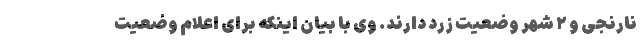
نارنجی و ۲ شهر وضعیت زرد دارند. وی با بیان اینکه برای اعلام وضعیت